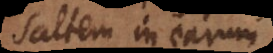
saltem in earum